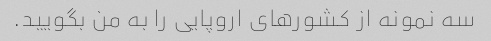
سه نمونه از کشورهای اروپایی را به من بگویید.